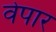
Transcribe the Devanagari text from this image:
वेपार